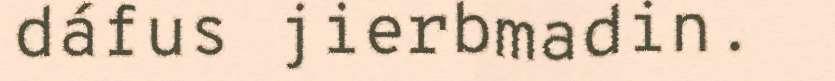
dáfus jierbmadin.